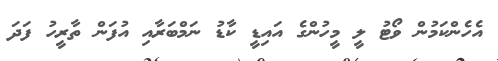
އެހެންކަމުން ވޯޓު ލީ މީހުންގެ އައިޑީ ކާޑު ނަމްބަރާއި އުފަން ތާރީހު ފަދަ